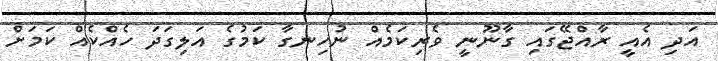
އަދި އެއީ ރާއްޖޭގައި ގާނޫނީ ވެރިކަމެއް ނުހިނގާ ކަމުގެ އަލިގަދަ ހެއްކެއް ކަމަށް